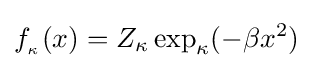
f_{_{\kappa }}(x)=Z_{\kappa }\exp _{\kappa }(-\beta x^{2})